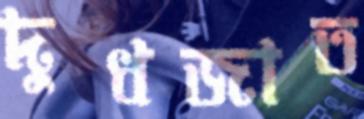
দুধজাত